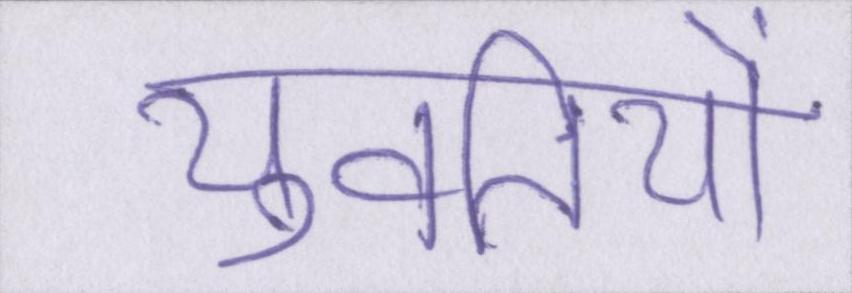
युवतियों